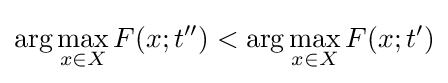
\arg \max _{x\in X}F(x;t'')<\arg \max _{x\in X}F(x;t')